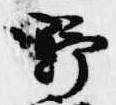
野